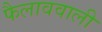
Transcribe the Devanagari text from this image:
फैलाववाली